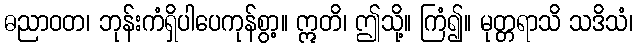
ဓညာဝတ၊ ဘုန်းကံရှိပါပေကုန်စွာ့။ ဣတိ၊ ဤသို့။ ကြံ၍။ မုတ္တရာသိ သဒိသံ၊